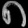
Digit: ၈